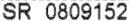
SR 0809152